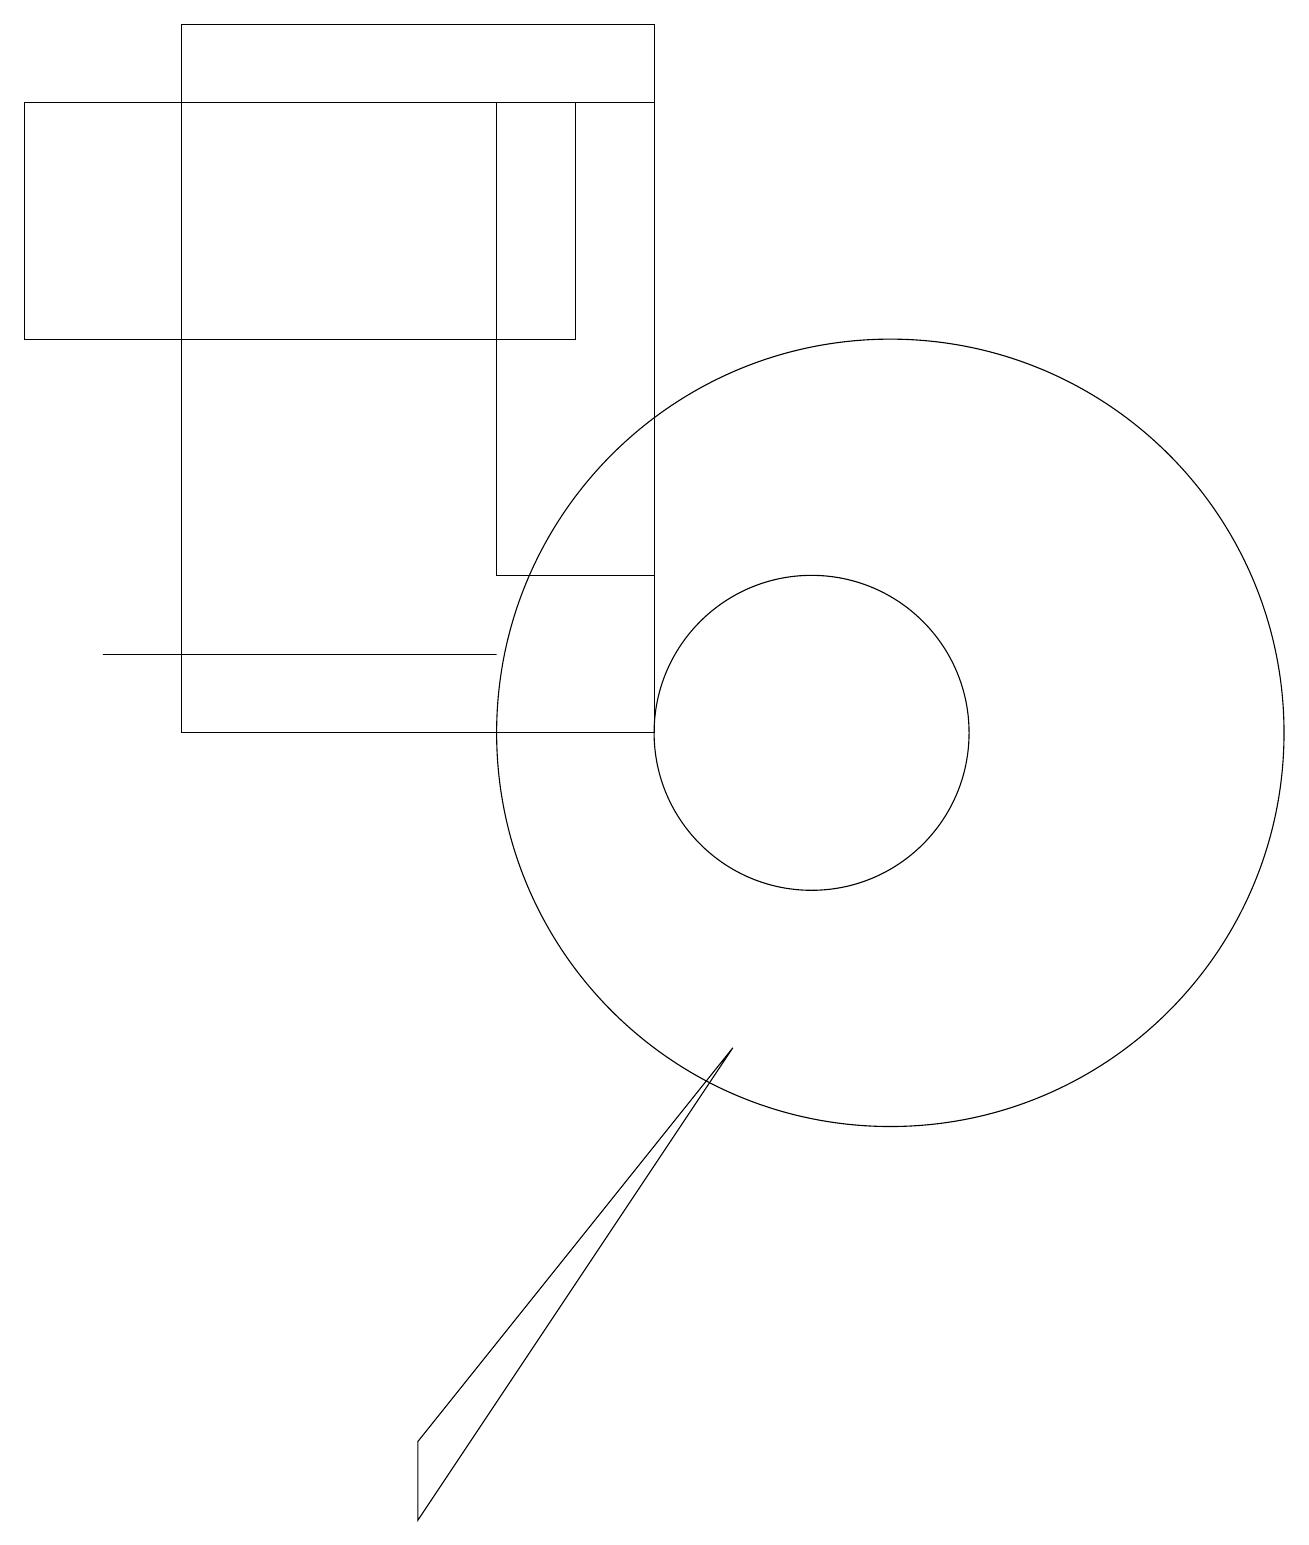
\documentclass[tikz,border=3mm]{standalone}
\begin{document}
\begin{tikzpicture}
\draw (2,10) rectangle (8,19);
\draw (8,18) rectangle (6,12);
\draw (1,11) rectangle (6,11);
\draw (5,0) -- (9,6) -- (5,1) -- cycle;
\draw (7,15) rectangle (0,18);
\draw (11,10) circle (5);
\draw (10,10) circle (2);
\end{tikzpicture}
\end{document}